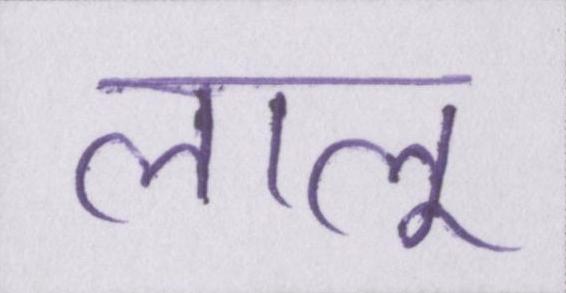
लालू